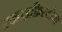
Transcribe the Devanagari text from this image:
स्काइफ़िस्टोमा